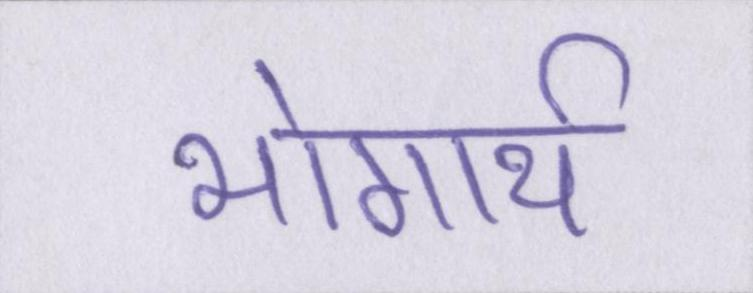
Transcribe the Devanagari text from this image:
भोगार्थ